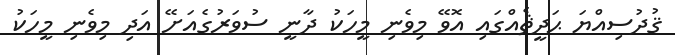
ޤުދުސިއްޔަ ޙަދީޘެއްގައި އޮވޭ މިވެނި މީހަކު ދާނީ ސުވަރުގެއަށޭ އަދި މިވެނި މީހަކު